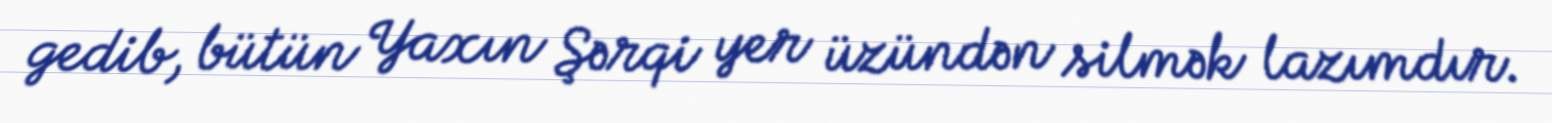
gedib, bütün Yaxın Şərqi yer üzündən silmək lazımdır.